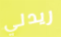
ريدلي